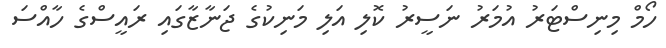
ހޯމް މިނިސްޓަރު އުމަރު ނަސީރު ކޮލި އަލި މަނިކުގެ ޖަނާޒާގައި ރައީސްގެ ހާއްސަ